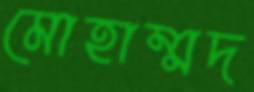
মোহাম্মদ